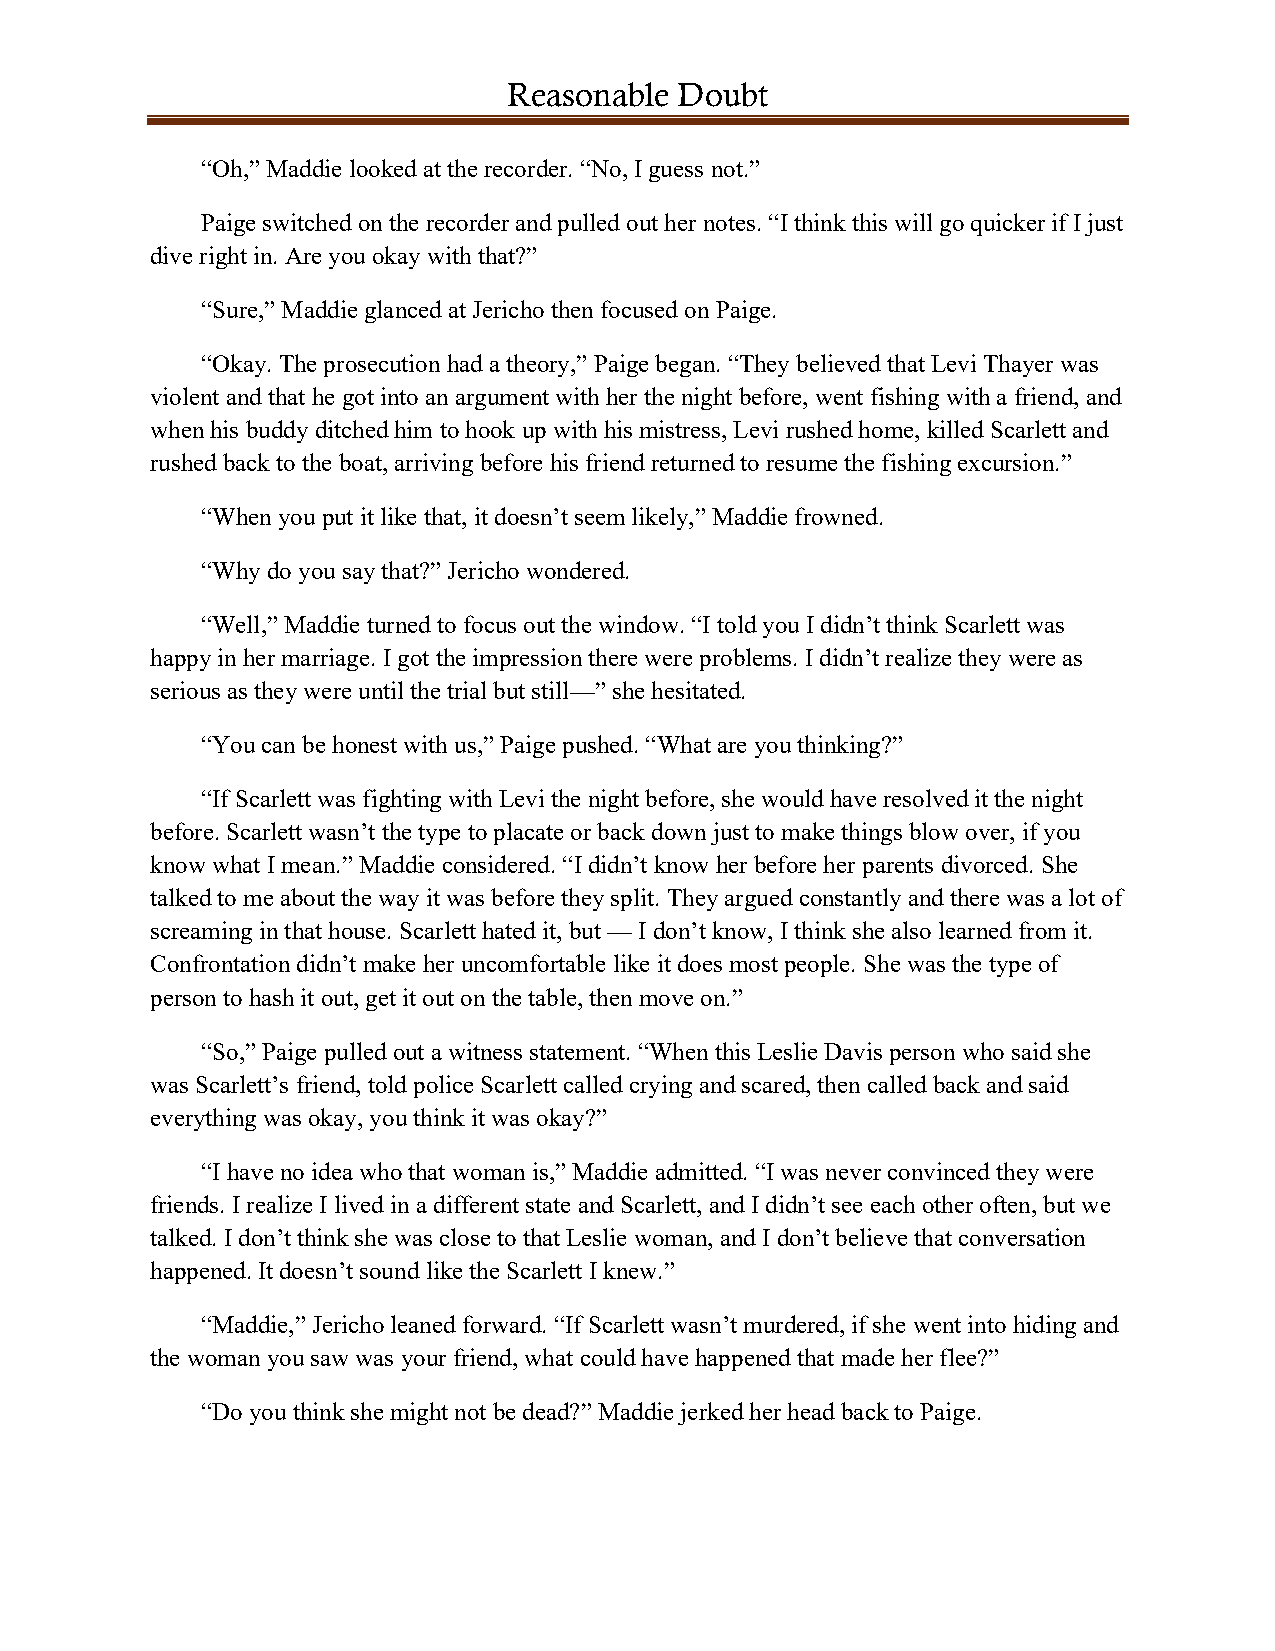
Reasonable Doubt
 “Oh,” Maddie looked at the recorder. “No, I guess not.”
 Paige switched on the recorder and pulled out her notes. “I think this will go quicker if I just
 dive right in. Are you okay with that?”
 “Sure,” Maddie glanced at Jericho then focused on Paige.
 “Okay. The prosecution had a theory,” Paige began. “They believed that Levi Thayer was
 violent and that he got into an argument with her the night before, went fishing with a friend, and
 when his buddy ditched him to hook up with his mistress, Levi rushed home, killed Scarlett and
 rushed back to the boat, arriving before his friend returned to resume the fishing excursion.”
 “When you put it like that, it doesn’t seem likely,” Maddie frowned.
 “Why do you say that?” Jericho wondered.
 “Well,” Maddie turned to focus out the window. “I told you I didn’t think Scarlett was
 happy in her marriage. I got the impression there were problems. I didn’t realize they were as
 serious as they were until the trial but still—” she hesitated.
 “You can be honest with us,” Paige pushed. “What are you thinking?”
 “If Scarlett was fighting with Levi the night before, she would have resolved it the night
 before. Scarlett wasn’t the type to placate or back down just to make things blow over, if you
 know what I mean.” Maddie considered. “I didn’t know her before her parents divorced. She
 talked to me about the way it was before they split. They argued constantly and there was a lot of
 screaming in that house. Scarlett hated it, but — I don’t know, I think she also learned from it.
 Confrontation didn’t make her uncomfortable like it does most people. She was the type of
 person to hash it out, get it out on the table, then move on.”
 “So,” Paige pulled out a witness statement. “When this Leslie Davis person who said she
 was Scarlett’s friend, told police Scarlett called crying and scared, then called back and said
 everything was okay, you think it was okay?”
 “I have no idea who that woman is,” Maddie admitted. “I was never convinced they were
 friends. I realize I lived in a different state and Scarlett, and I didn’t see each other often, but we
 talked. I don’t think she was close to that Leslie woman, and I don’t believe that conversation
 happened. It doesn’t sound like the Scarlett I knew.”
 “Maddie,” Jericho leaned forward. “If Scarlett wasn’t murdered, if she went into hiding and
 the woman you saw was your friend, what could have happened that made her flee?”
 “Do you think she might not be dead?” Maddie jerked her head back to Paige.